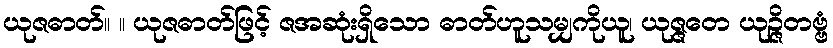
ယုဇဓာတ်။ ။ ယုဇဓာတ်ဖြင့် ဇအဆုံးရှိသော ဓာတ်ဟူသမျှကိုယူ၊ ယုဇ္ဇတေ ယုဉ္ဇိတဗ္ဗံ